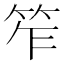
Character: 笮